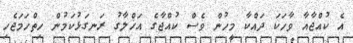
އެ ކުއްޖާއާ ވާހަކަ ދައްކާ މީހުން ވެސް ކުއްޖާގެ އަޚްލާގު ރަނގަޅުކަމުން ހިތްހަމަޖެހި